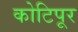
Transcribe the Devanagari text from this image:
कोटिपूर